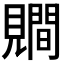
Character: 𧢑